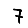
Digit: 7